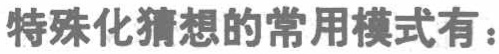
特殊化猜想的常用模式有：